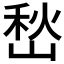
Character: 𭖽